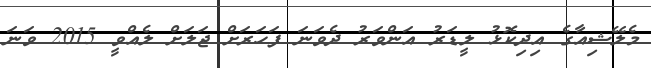
މެލޭޝިއާގެ އިދިކޮޅު ލީޑަރު އަންވަރު ދެވަނަ ފަހަރަށް ޖަލަށް ލެއްވީ 2015 ވަނަ